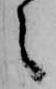
之